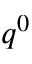
q ^ { 0 }